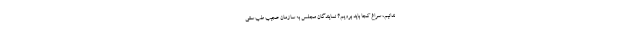
ندانیم، سراغ کجا باید برویم؟ نمایندگان مجلس به سازمان عجیب طب سنتی